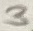
Text: 3